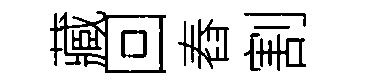
藏回舂割